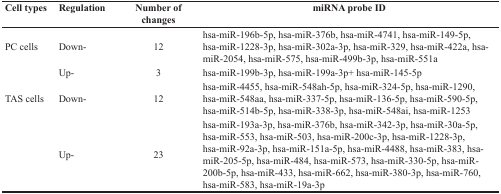
<table><thead><tr><td><b>Cell types</b></td><td><b>Regulation</b></td><td><b>Number of changes</b></td><td><b>miRNA probe ID</b></td></tr></thead><tbody><tr><td>PC cells</td><td>Down-</td><td>12</td><td>hsa-miR-196b-5p, hsa-miR-376b, hsa-miR-4741, hsa-miR-149-5p, hsa-miR-1228-3p, hsa-miR-302a-3p, hsa-miR-329, hsa-miR-422a, hsa-miR-2054, hsa-miR-575, hsa-miR-499b-3p, hsa-miR-551a</td></tr><tr><td></td><td>Up-</td><td>3</td><td>hsa-miR-199b-3p, hsa-miR-199a-3p+ hsa-miR-145-5p</td></tr><tr><td>TAS cells</td><td>Down-</td><td>12</td><td>hsa-miR-4455, hsa-miR-548ah-5p, hsa-miR-324-5p, hsa-miR-1290, hsa-miR-548aa, hsa-miR-337-5p, hsa-miR-136-5p, hsa-miR-590-5p, hsa-miR-514b-5p, hsa-miR-338-3p, hsa-miR-548ai, hsa-miR-1253</td></tr><tr><td></td><td>Up-</td><td>23</td><td>hsa-miR-193a-3p, hsa-miR-376b, hsa-miR-342-3p, hsa-miR-30a-5p, hsa-miR-553, hsa-miR-503, hsa-miR-200c-3p, hsa-miR-1228-3p, hsa-miR-92a-3p, hsa-miR-151a-5p, hsa-miR-4488, hsa-miR-383, hsa-miR-205-5p, hsa-miR-484, hsa-miR-573, hsa-miR-330-5p, hsa-miR-200b-5p, hsa-miR-433, hsa-miR-662, hsa-miR-380-3p, hsa-miR-760, hsa-miR-583, hsa-miR-19a-3p</td></tr></tbody></table>